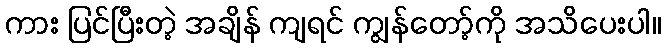
ကား ပြင်ပြီးတဲ့ အချိန် ကျရင် ကျွန်တော့်ကို အသိပေးပါ။